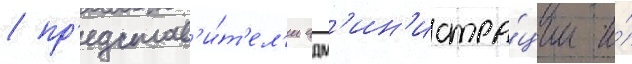
/ пр'едстав'и́т'ел'и адм'ин'истра́ции и́